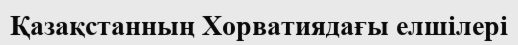
Қазақстанның Хорватиядағы елшілері